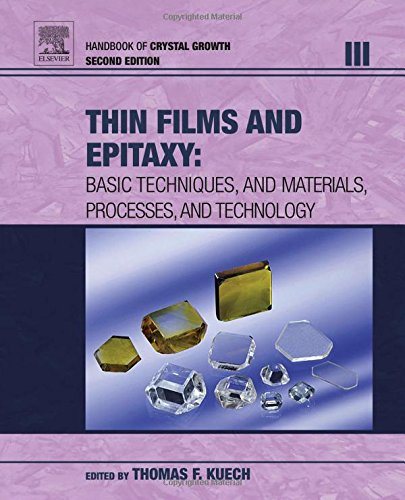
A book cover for Handbook of Crystal Growth, Second Edition: Thin Films and Epitaxy; Science & Math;